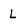
Character: L